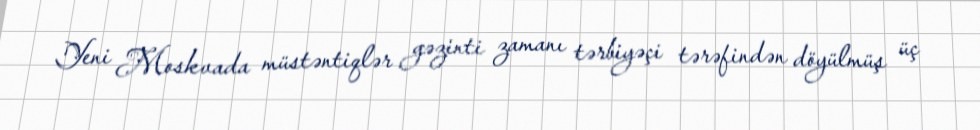
Yeni Moskvada müstəntiqlər gəzinti zamanı tərbiyəçi tərəfindən döyülmüş üç